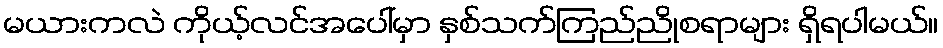
မယားကလဲ ကိုယ့်လင်အပေါ်မှာ နှစ်သက်ကြည်ညိုစရာများ ရှိရပါမယ်။